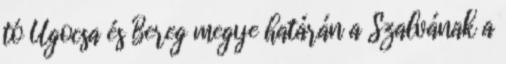
tó Ugocsa és Bereg megye határán a Szalvának a